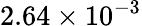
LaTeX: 2.64\times 10^{-3}